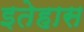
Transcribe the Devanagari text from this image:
इतेहास